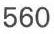
560